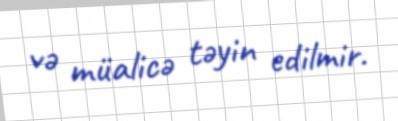
və müalicə təyin edilmir.